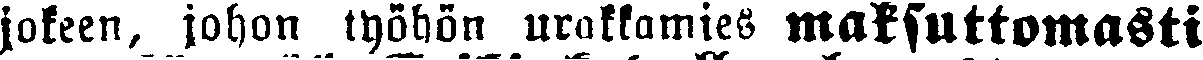
jokeen, johon työhön urukkamies maksuttomasti